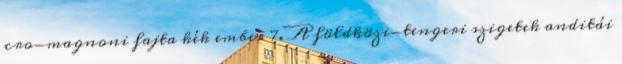
cro-magnoni fajta kék ember 7. A földközi-tengeri szigetek anditái